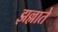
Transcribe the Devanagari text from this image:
झल्लाते